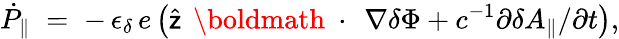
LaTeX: \dot{P}_{\| }\; =\; -\, \epsilon_{\delta}\, e\left(\widehat{\sf z}\, \mathrm{~\boldmath~\cdot~}\, \nabla\delta\Phi+c^{-1}\partial\delta A_{\| }/\partial t\right),